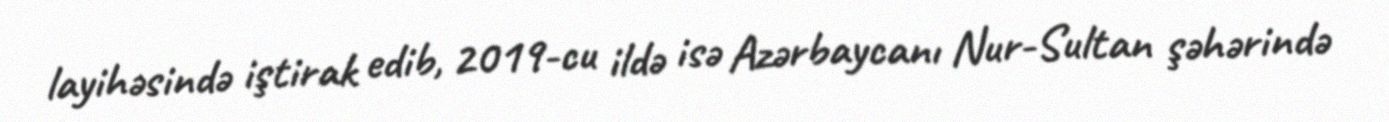
layihəsində iştirak edib, 2019-cu ildə isə Azərbaycanı Nur-Sultan şəhərində